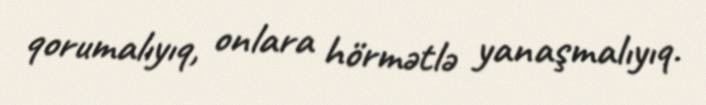
qorumalıyıq, onlara hörmətlə yanaşmalıyıq.